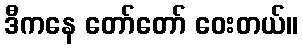
ဒီကနေ တော်တော် ဝေးတယ်။